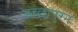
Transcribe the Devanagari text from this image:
इच्छापुरन